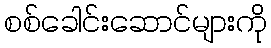
စစ်ခေါင်းဆောင်များကို